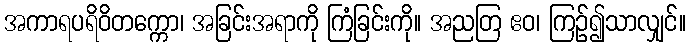
အကာရပရိဝိတက္ကော၊ အခြင်းအရာကို ကြံခြင်းကို။ အညတြ ဧဝ၊ ကြဉ်၍သာလျှင်။